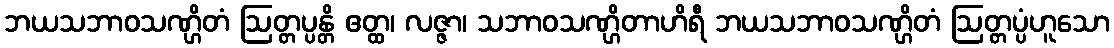
ဘယသဘာဝသဏ္ဌိတံ ဩတ္တပ္ပန္တိ ဧတ္ထ၊ လဇ္ဇာ၊ သဘာဝသဏ္ဌိတာဟိရီ ဘယသဘာဝသဏ္ဌိတံ ဩတ္တပ္ပံဟူသော